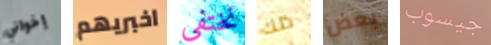
إخواني اخبريهم نختفي ذلك بعض جيسوب